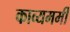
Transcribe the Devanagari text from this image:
काव्यमर्मी